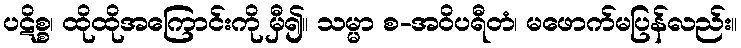
ပဋိစ္စ၊ ထိုထိုအကြောင်းကို မှီ၍။ သမ္မာ စ-အဝိပရီတံ၊ မဖောက်မပြန်လည်း။